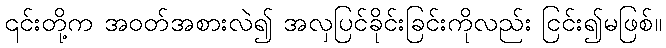
၎င်းတို့က အဝတ်အစားလဲ၍ အလှပြင်ခိုင်းခြင်းကိုလည်း ငြင်း၍မဖြစ်။